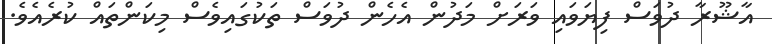
އާޝޫރާ ދުވަސް ފިޔަވައި ވަރަށް މަދުން އެހެން ދުވަސް ތަކުގައިވެސް މިކަންތައް ކުރެއެވެ.